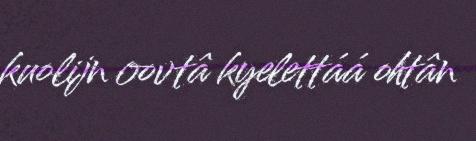
kuolijn oovtâ kyelettáá ohtân